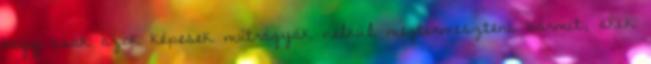
hogy csak azok képesek műtrágyák nélkül megtermeszteni bármit, akik